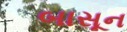
બાસૂન